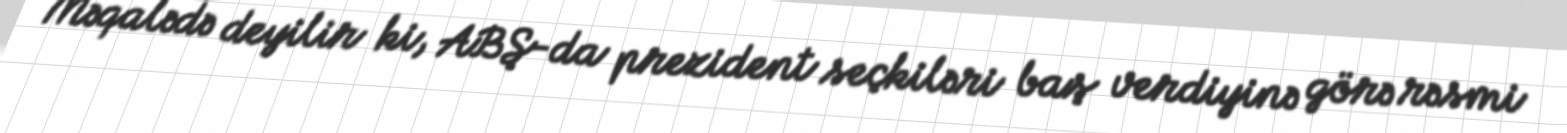
Məqalədə deyilir ki, ABŞ-da prezident seçkiləri baş verdiyinə görə rəsmi